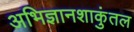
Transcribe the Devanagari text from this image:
अभिज्ञानशाकुंतल